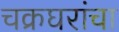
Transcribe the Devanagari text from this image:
चक्रघरांचा